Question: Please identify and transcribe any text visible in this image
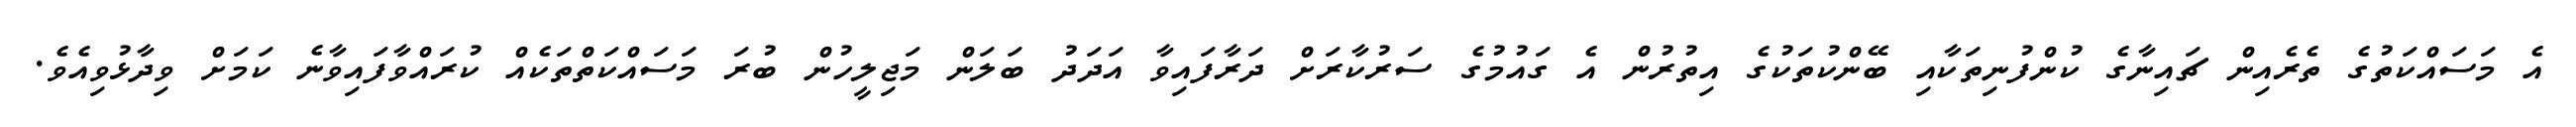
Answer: އެ މަސައްކަތުގެ ތެރެއިން ޗައިނާގެ ކުންފުނިތަކާއި ބޭންކުތަކުގެ އިތުރުން އެ ގައުމުގެ ސަރުކާރަށް ދަރާފައިވާ އަދަދު ބަލަން މަޖިލީހުން ބުރަ މަސައްކަތްތަކެއް ކުރައްވާފައިވާނެ ކަމަށް ވިދާޅުވިއެވެ.